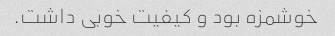
خوشمزه بود و کیفیت خوبی داشت.